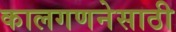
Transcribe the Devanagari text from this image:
कालगणनेसाठी